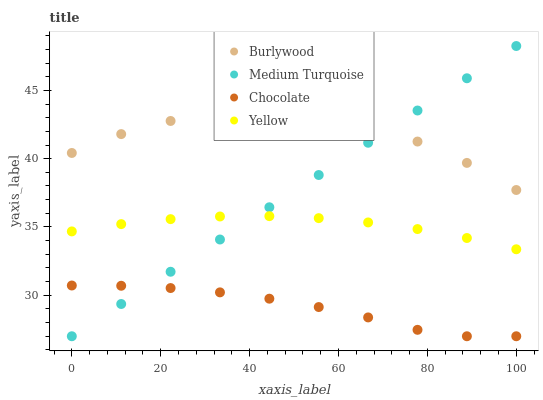
| xaxis_label | Burlywood | Medium Turquoise | Chocolate | Yellow |
 | --- | --- | --- | --- | --- |
 | 0 | 40.4 | 27 | 30.7 | 34.7 |
 | 11.1 | 41.8 | 29.4 | 30.7 | 35.2 |
 | 22.2 | 42.8 | 31.7 | 30.5 | 35.6 |
 | 33.3 | 43.3 | 34.1 | 30.2 | 35.8 |
 | 44.4 | 43.4 | 36.4 | 29.7 | 35.8 |
 | 55.6 | 43.1 | 38.8 | 29.1 | 35.6 |
 | 66.7 | 42.4 | 41.2 | 28.4 | 35.3 |
 | 77.8 | 41.3 | 43.5 | 27.5 | 34.8 |
 | 88.9 | 39.7 | 45.9 | 27 | 34.2 |
 | 100 | 37.7 | 48.2 | 27 | 33.4 |